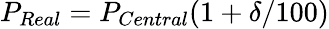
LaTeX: P_{Real}=P_{Central}(1+\delta/100)